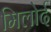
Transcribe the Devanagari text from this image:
मिलोर्द